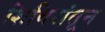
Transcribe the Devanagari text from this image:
शिबिरांतून